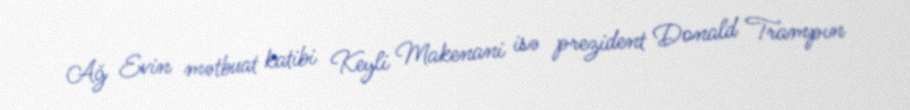
Ağ Evin mətbuat katibi Keyli Makenani isə prezident Donald Trampın